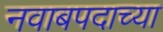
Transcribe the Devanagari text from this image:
नवाबपदाच्या